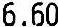
6.60